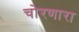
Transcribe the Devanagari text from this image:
चोरणारा